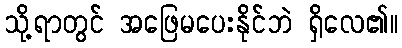
သို့ရာတွင် အဖြေမပေးနိုင်ဘဲ ရှိလေ၏။